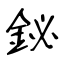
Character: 鉍